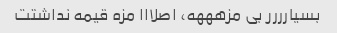
بسیارررر بی مزهههه، اصلااا مزه قیمه نداشتت